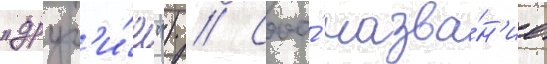
"друг'и́е") // Своо́ назва́н'ие